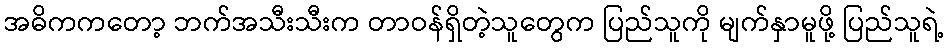
အဓိကကတော့ ဘက်အသီးသီးက တာဝန်ရှိတဲ့သူတွေက ပြည်သူကို မျက်နှာမူဖို့ ပြည်သူရဲ့